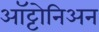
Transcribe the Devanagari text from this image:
ऑट्टोनिअन